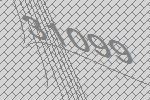
31099